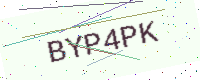
Text: BYP4PK